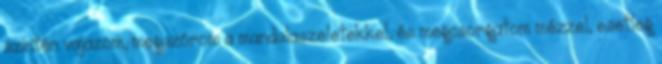
szintén vajazom, megszórom a mandulaszeletekkel, és megcsorgatom mézzel, esetleg